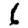
Digit: 6